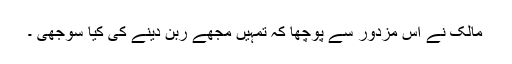
مالک نے اس مزدور سے پوچھا کہ تمہیں مجھے ربن دینے کی کیا سوجھی ۔